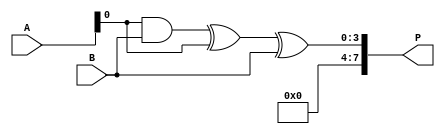
module CarrySaveMultiplier(
    input [3:0] A,
    input [3:0] B,
    output reg [7:0] P
);

reg [3:0] PP[3:0]; // Partial Product
reg [4:0] M[3:0]; // Multiplier
reg [7:0] C[2:0]; // Carry

always @ (A or B) begin
    // Partial Product Generation
    PP[0] = A[0] & B;
    PP[1] = A[1] & B;
    PP[2] = A[2] & B;
    PP[3] = A[3] & B;
    
    // Multiplier
    M[0] = PP[0];
    M[1] = PP[1];
    M[2] = PP[2];
    M[3] = PP[3];
    
    // Carry-Save Adder
    C[0] = PP[0] ^ A[0] ^ B;
    C[1] = PP[1] ^ A[1] ^ B;
    C[2] = PP[2] ^ A[2] ^ B;
    
    // Sum Output
    P = {M[0], M[1], M[2], M[3], C[2], C[1], C[0]};
end

endmodule